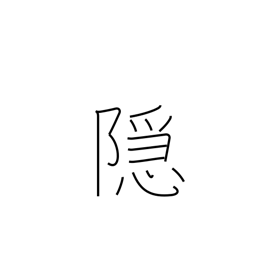
Meaning: cover